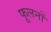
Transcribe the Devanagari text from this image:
फूलनों